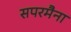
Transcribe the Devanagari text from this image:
सपरमैना